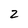
Character: Z